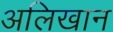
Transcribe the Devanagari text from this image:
अलिखान